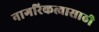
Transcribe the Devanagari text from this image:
नागरिकत्वासाठी